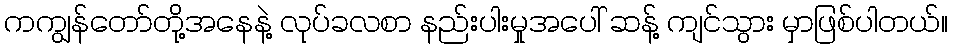
ကကျွန်တော်တို့အနေနဲ့ လုပ်ခလစာ နည်းပါးမှုအပေါ် ဆန့် ကျင်သွား မှာဖြစ်ပါတယ်။